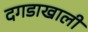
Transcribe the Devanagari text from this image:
दगडाखाली